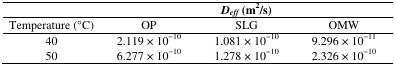
|  | <COLSPAN=3> Deff (m2/s) |
 | Temperature (°C) | OP | SLG | OMW |
 | --- | --- | --- | --- |
 | 40 | 2.119 × 10−10 | 1.081 × 10−10 | 9.296 × 10−11 |
 | 50 | 6.277 × 10−10 | 1.278 × 10−10 | 2.326 × 10−10 |